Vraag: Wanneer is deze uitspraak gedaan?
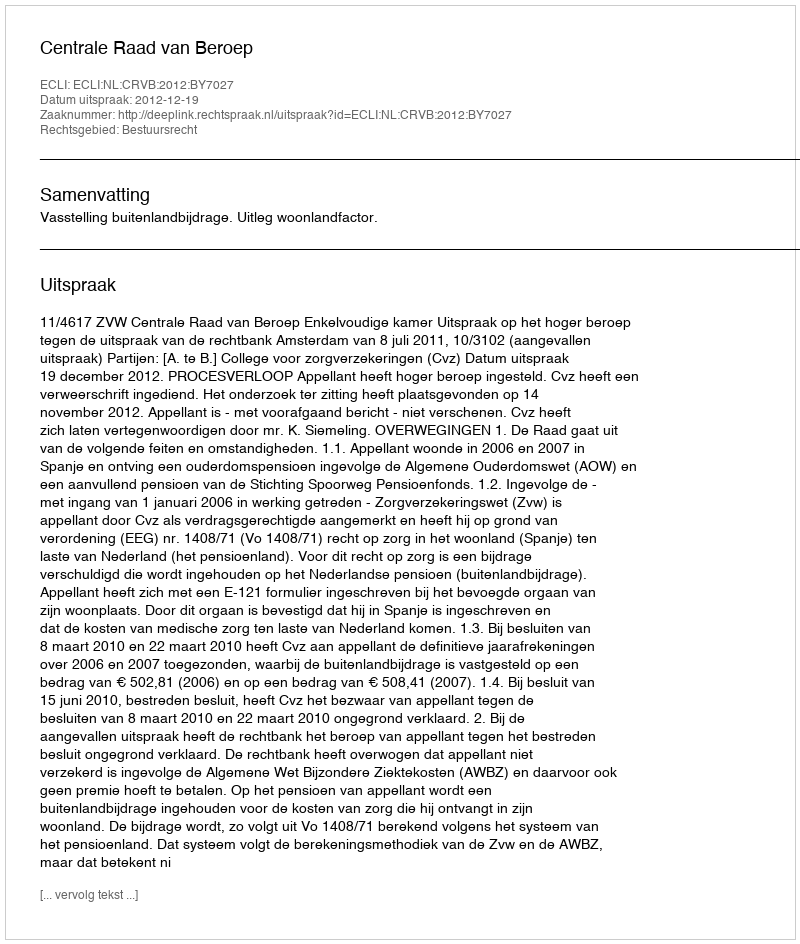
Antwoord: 2012-12-19